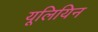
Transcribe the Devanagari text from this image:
यूलियिन